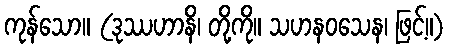
ကုန်သော။ (ဒုဿဟာနိ၊ တို့ကို။ သဟနဝသေန၊ ဖြင့်။)